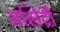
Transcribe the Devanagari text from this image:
असिद्री